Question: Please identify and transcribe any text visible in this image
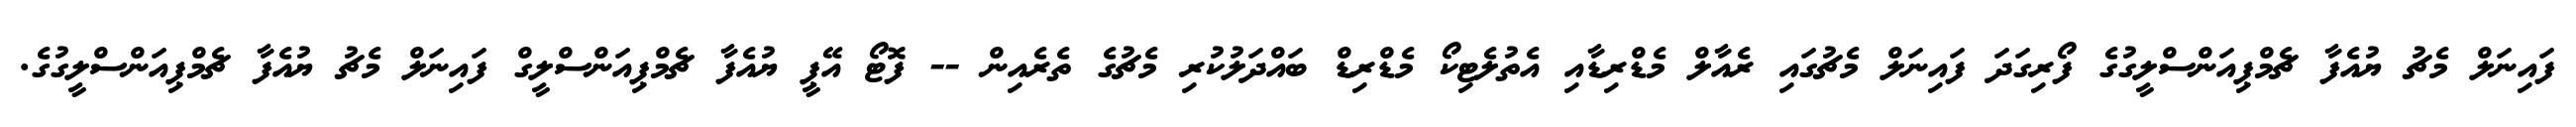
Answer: ފައިނަލް މެޗު ޔުއެފާ ޗެމްޕިއަންސްލީގުގެ ފޯރިގަދަ ފައިނަލް މެޗުގައި ރެއާލް މެޑްރިޑާއި އެތުލެޓިކޯ މެޑްރިޑް ބައްދަލުކުރި މެޗުގެ ތެރެއިން -- ފޮޓޯ އޭޕީ ޔުއެފާ ޗެމްޕިއަންސްލީގް ފައިނަލް މެޗު ޔުއެފާ ޗެމްޕިއަންސްލީގުގެ.